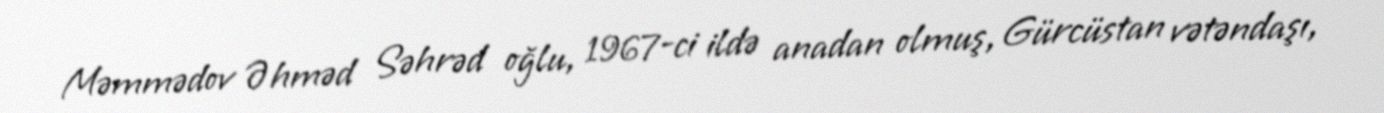
Məmmədov Əhməd Səhrəd oğlu, 1967-ci ildə anadan olmuş, Gürcüstan vətəndaşı,